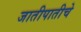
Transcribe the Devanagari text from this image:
जातीपातीचे